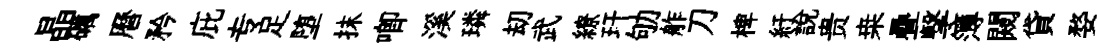
晶礪曆矜庇专足堕抹唧溪璘刧武繚玕劬舴刀椑紆説贵桒疊撃簿闚貸婺